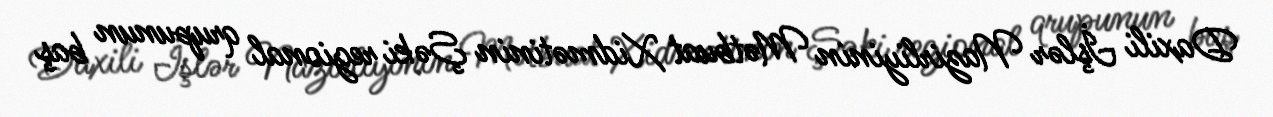
Daxili İşlər Nazirliyinin Mətbuat Xidmətinin Şəki regional qrupunun baş